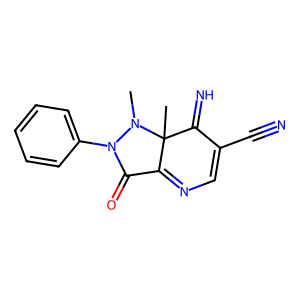
SMILES: CN1N(c2ccccc2)C(=O)C2=NC=C(C#N)C(=N)C21C
Inhibits HIV replication: No